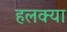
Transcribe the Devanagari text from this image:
हलक्‍या